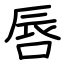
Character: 唇